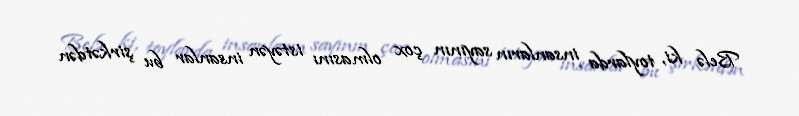
Belə ki, toylarda insanların sayının çox olmasını istəyən insanlar bu şirkətdən